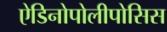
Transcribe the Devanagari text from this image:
ऐडिनोपोलीपोसिस